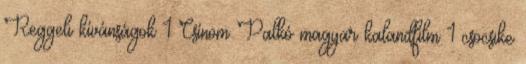
Reggeli kívánságok 1 Csínom Palkó magyar kalandfilm 1 csocsike